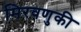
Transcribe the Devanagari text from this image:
मिरवणुकी